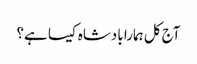
آج کل ہمارا بادشاہ کیسا ہے؟